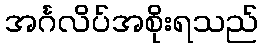
အင်္ဂလိပ်အစိုးရသည်